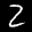
Label: 2